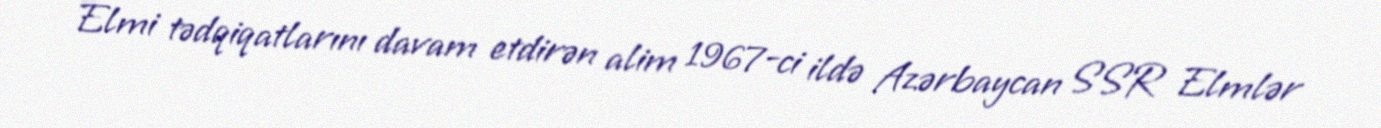
Elmi tədqiqatlarını davam etdirən alim 1967-ci ildə Azərbaycan SSR Elmlər